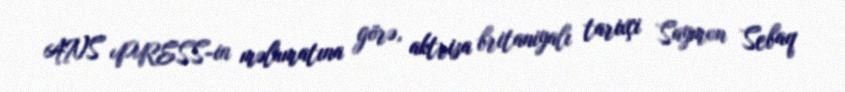
ANS PRESS-in məlumatına görə, aktrisa britaniyalı tarixçi Saymon Sebaq